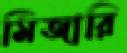
মিজারি